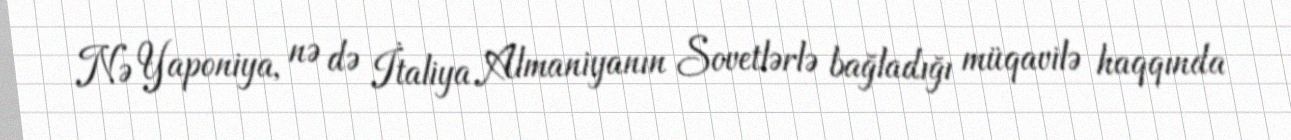
Nə Yaponiya, nə də İtaliya Almaniyanın Sovetlərlə bağladığı müqavilə haqqında